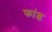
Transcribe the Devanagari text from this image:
फांड